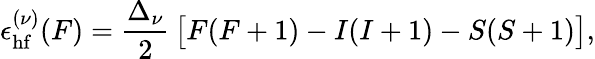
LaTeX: \epsilon_{\mathrm{hf}}^{(\nu)}(F)=\frac{\Delta_{\nu}}{2}\, \big[F(F+1)-I(I+1)-S(S+1)\big],